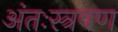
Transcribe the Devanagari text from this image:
अंतःस्त्रवण